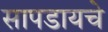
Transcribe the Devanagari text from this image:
सापडायचे